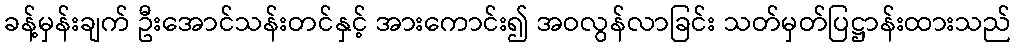
ခန့်မှန်းချက် ဦးအောင်သန်းတင်နှင့် အားကောင်း၍ အဝလွန်လာခြင်း သတ်မှတ်ပြဋ္ဌာန်းထားသည်